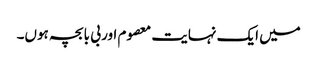
میں ایک نہایت معصوم اور بی با بچہ ہوں۔